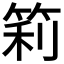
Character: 筣